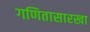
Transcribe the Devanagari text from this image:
गणितासारखा